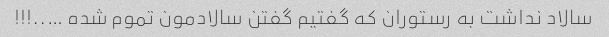
سالاد نداشت به رستوران که گفتیم گفتن سالادمون تموم شده …..!!!